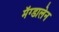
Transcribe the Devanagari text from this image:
मॅग्डालेन